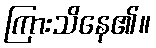
ကြားသိနေ၏။